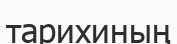
тарихиның